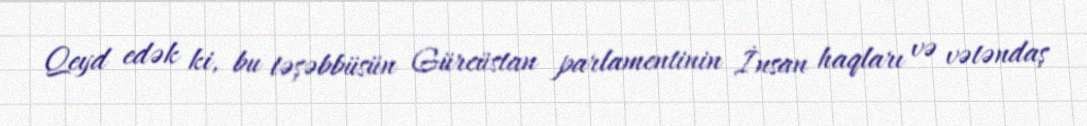
Qeyd edək ki, bu təşəbbüsün Gürcüstan parlamentinin İnsan haqları və vətəndaş